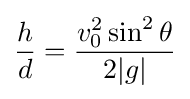
{\frac {h}{d}}={\frac {v_{0}^{2}\sin ^{2}\theta }{2|g|}}